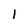
Character: 1